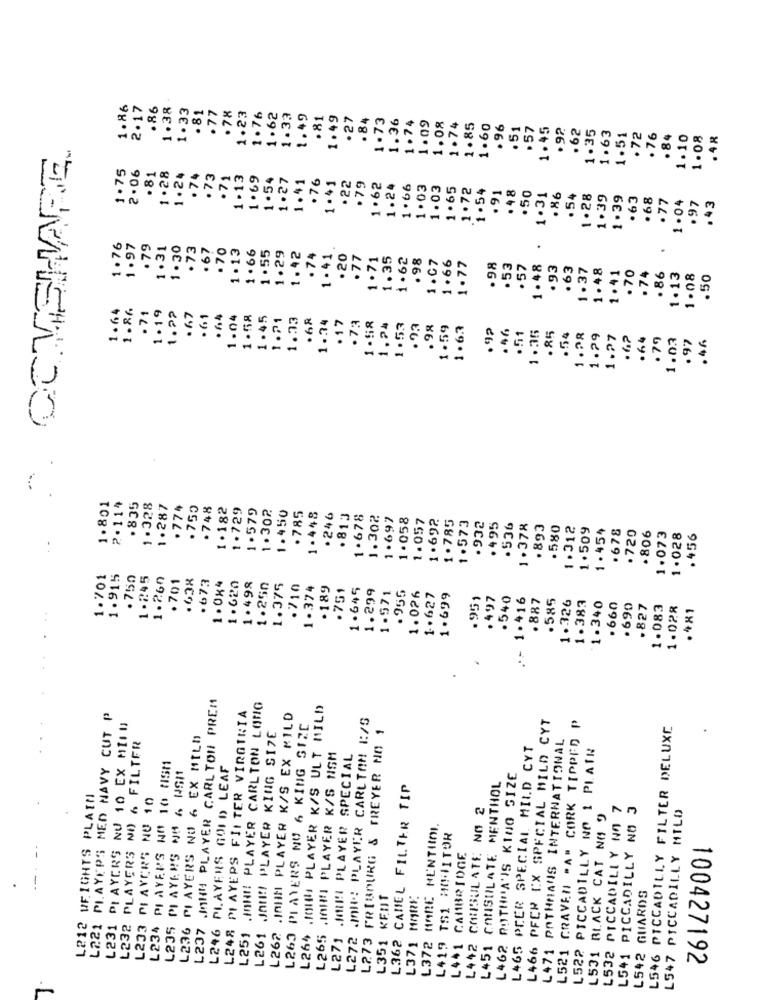
1.86
2.17
.86
1.38
1.33
.81
.77
.78
1.23
1.76
1.62
1.33
1.49
.81
1.49
27
.84
1.73
1.36
1.74
1.09
1.08
1.74
1.85
1.60
.96
.51
.57
1.45
.92
.62
1.35
1.63
1.51
72
.76
.84
1.10
1.08
. 48
PARE
1.75
2.06
.81
1 .28
1.24
. 74
.73
.71
1.13
1.69
1.54
1.27
.76
1.41
1.41
. 22
. 79
1.62
1.24
1 .66
1.03
1.03
1.65
1.72
1 .54
.91
. 48
.50
1.31
. 86
.54
1.28
1.39
1.39
. 63
.68
.77
1 .04
97
43
1.76
1.97
.79
1.31
1 . 30
. 73
.67
.70
1 .13
1 .66
1.55
.
1.29
1.42
.74
1 .41
.20
77
1.35
1.62
. 98
1.07
1.66
1.71
1.77
.98
. 53
.57
1.48
. 93
.63
1. 37
1.48
1.41
. 70
.74
. 86
1.13
1.08
.50
1.64
1.86
.71
1.19
1.22
. 6.7
.61
.64
1.04
1.58
1.45
1.21
1.33
.68
1.74
. 17
.73
1.58
1.24
1.53
· 93
.98
1.59
1.63
.51
1.35
.92
·46
.85
.54
1.28
1.29
1.27
.6?
.64
.79
1.03
.46
.97
1.801
2.11"
.835
1.328
1.287
. 774
. 750
. 748
1.182
1.729
1.579
1.302
1.450
. 785
1.448
. 246
. 813
1.678
1.302
1.697
1.058
1.057
1.692
1.785
1.573
. 932
. 495
. 536
1.378
.893
.580
1.312
1.509
1.454
.678
.720
.806
1.073
1.028
.456
1.701
1.915
.750
1.245
1.260
.638
.673
1.620
1.498
.701
1.0x4
1.250
1.375
.710
1.374
.189
.751
1.645
1.299
. 955
1.571
1.026
1.627
1.699
.951
.497
. 540
.- 1.416
. 887
.585
1.326
1.383
1.340
.660
.690
.827
1.083
1.028
.481
IHH PLAYER CARLTON PREM
L251 .IHH! PLAYER CARLTON LONG
L264 .1014 PLAYER K/S ULT MILD
L221 PLAYERS MED NAVY CUT P
L248 PLAYERS FILTER VIRGINIA
L262 .INHIM PLAYER K/S EX MILD
.InHI! PLAYER CARLTON 1:/5
L466 PFCR CX SPECIAL MILD CYT
L231 PLAYERS NU 10 EX MILU
L261 JAHR !! PLAYER KING SIZE
L263 PLAYERS NO 6 KING SIZE
L273 FRIBOURG & FREYER NO 1
L521 GRAVEN "A" CORK TIPPED P
L546 PICCADILLY FILTER DELUXE
L232 PLAYERS NO 6 FILTER
L236 PLAYERS NO 6 EX MILD
L271 .Mil!I PLAYER SPECIAL
L465 PCER SPECIAL MILD CYT
L471 PATHMANS INTERNATIONAL
L522 PICCADILLY NO 1 PLAIN
L265 .MAH!I PLAYER K/S NSM
L234 PLAYERS NO 10 HISM
PLAYERS GOLD LEAF
L235 PLAYERS NO 6 NSI
POTHIA'IS KING SIZE
L362 CAMEL FILTER TIP
L451 CONSULATE MENTHOL
L212 WEIGHTS PLAIN
L233 PLAYERS NO 10
CONSUL ATE: NO 2
L532 PICCADILLY NO 7
L541 PICCADILLY NO 3
L547 PICCADILLY MILO
L531 BLACK CAT NO 9
L372 HABE MENTIII.
L419 TS1 MONITOR
L441 CAMBRIDGE
--
L351 KENT
L371 MORE
L542 GUARDS
L237
L246
L272
L442
L462
100427192